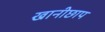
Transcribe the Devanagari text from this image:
खानीछाप